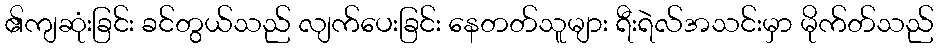
၏ကျဆုံးခြင်း ခင်တွယ်သည် လျက်ပေးခြင်း နေတတ်သူများ ရီးရဲလ်အသင်းမှာ မိုက်တ်သည်